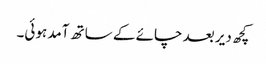
کچھ دیر بعد چائے کے ساتھ آمد ہوئی۔